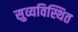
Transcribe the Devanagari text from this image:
सुव्यविस्थित